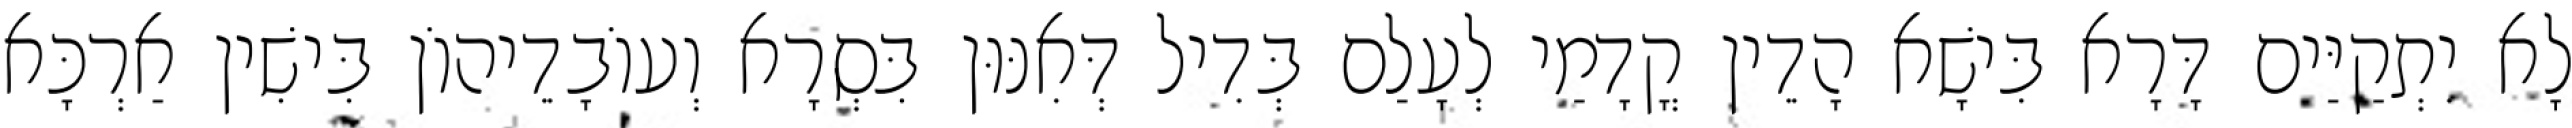
לָא יִתְקַיַּים דָּרָא בִּישָׁא הָדֵין קֳדָמַי לְעָלַם בְּדִיל דְּאִנּוּן בִּסְרָא וְעוֹבָדֵיהוֹן בִּישִׁין אַרְכָּא